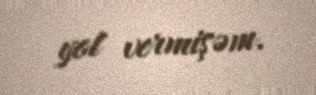
yol vermişəm.